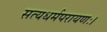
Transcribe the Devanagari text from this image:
सत्यधर्मपरायणः।